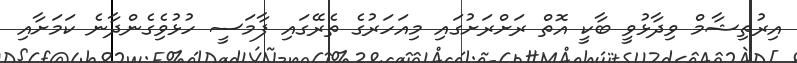
އިރުތިޝާމް ވިދާޅުވީ ބާކީ އޮތް ރަށްރަށުގައި މިއަހަރުގެ ތެރޭގައި ފާމަސީ ހުޅުވެިގެންދާނެ ކަމަށާއި